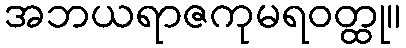
အဘယရာဇကုမရဝတ္ထု။